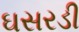
ઘસરડી